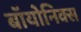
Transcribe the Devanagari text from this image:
बॉयोनिक्स